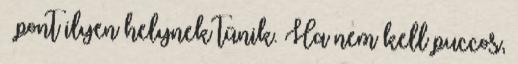
– pont ilyen helynek tűnik. Ha nem kell puccos,